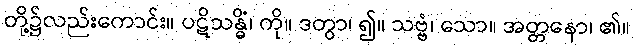
တို့၌လည်းကောင်း။ ပဋိသန္ဓိံ၊ ကို။ ဒတွာ၊ ၍။ သဗ္ဗံ၊ သော။ အတ္တနော၊ ၏။